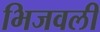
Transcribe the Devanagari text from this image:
भिजवली